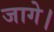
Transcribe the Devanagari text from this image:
जागे।